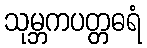
သုမ္ဘကပတ္တဓရံ